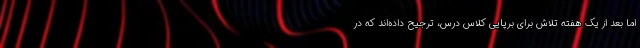
اما بعد از یک هفته تلاش برای برپایی کلاس درس، ترجیح داده‌اند که در